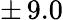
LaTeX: \pm\, 9.0